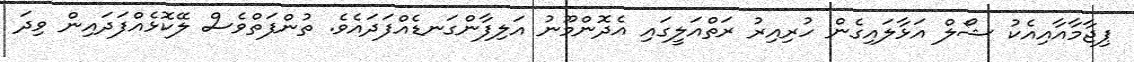
ޕިޖާމާއާއިއެކު ޝޯލް އަޅާލައިގެން ހުރިއިރު ރަތްއަލީގައި އެދޮންމޫނު އަލިފާންގަނޑެއްފަދައެވެ. ތުންފަތްވެސް ލޭކޮޅެއްފަދައިން ވިދަ